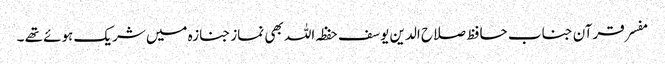
مفسر قرآن جناب حافظ صلاح الدین یوسف حفظہ اللہ بھی نماز جنازہ میں شریک ہوئے تھے ۔